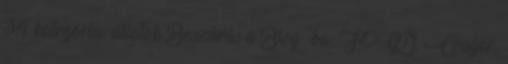
34 kategória: állatok Beszúrás a Blog -ba: FOGD, Couger,